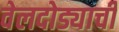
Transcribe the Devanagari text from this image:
वेलदोड्याची